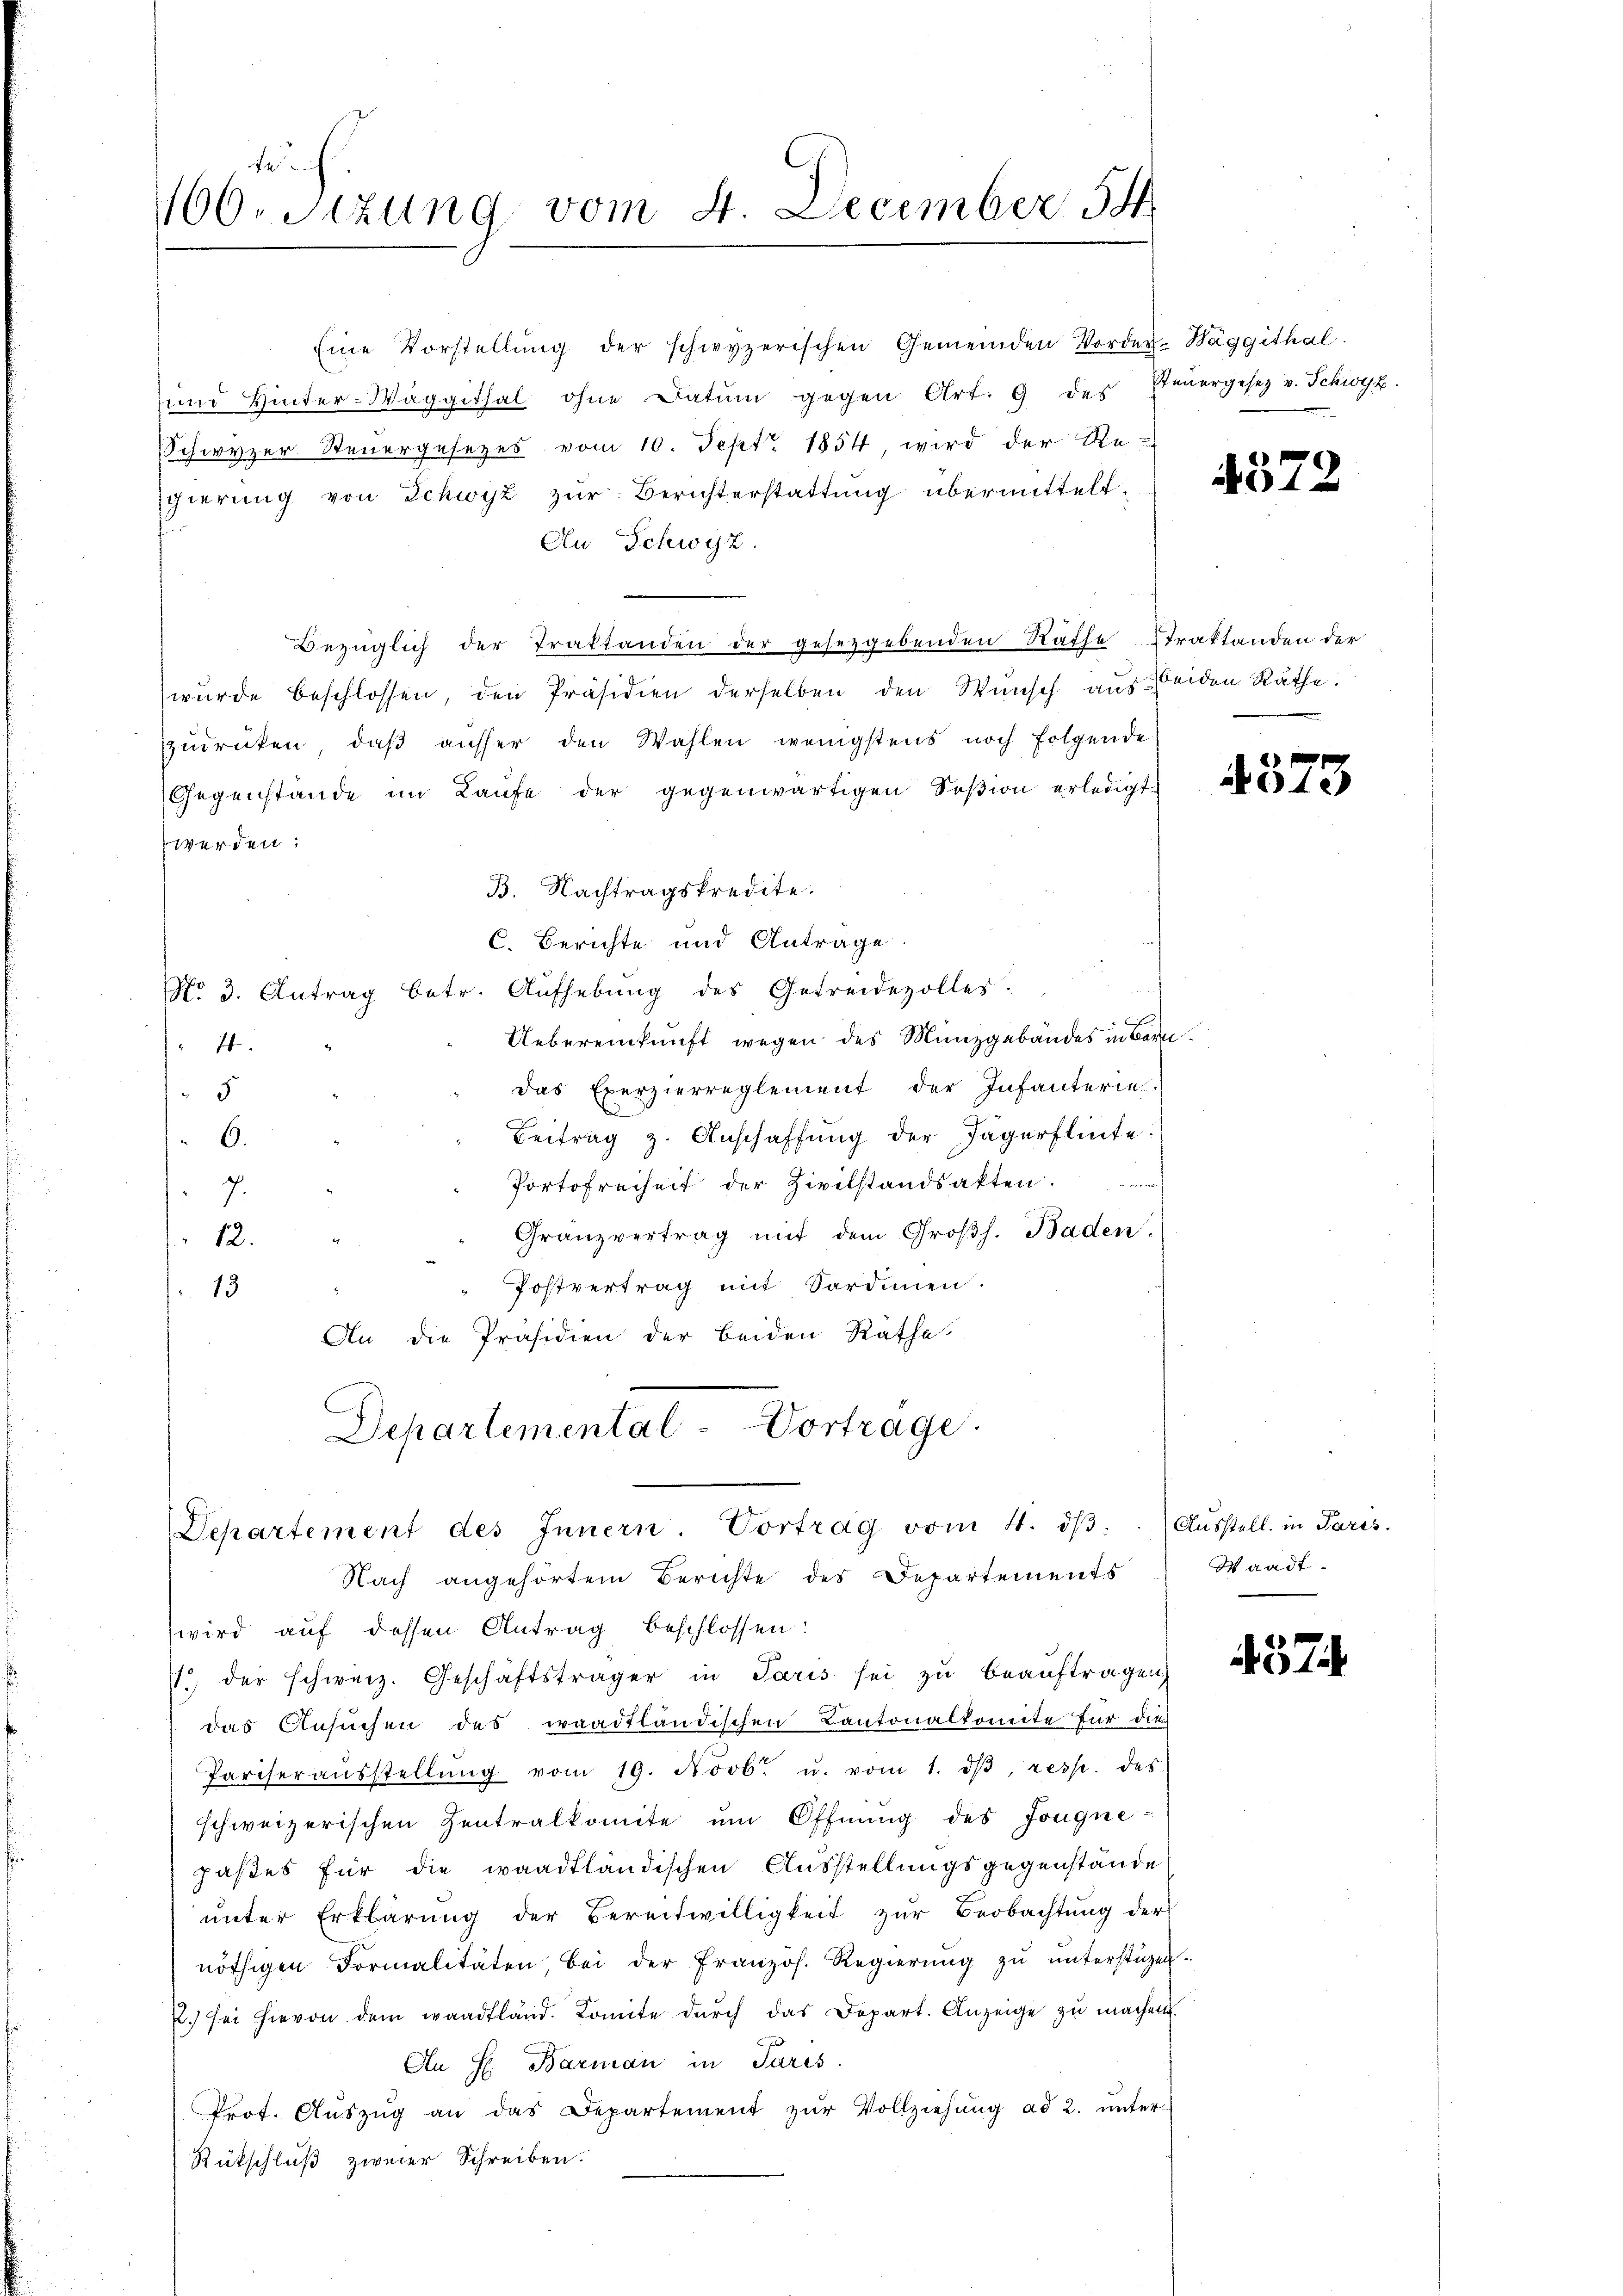
te
160. Sizung vom 4. December 54

Eine Vorstellŭng der schwyzerischen Gemeinden Vorder-Wäggithal.
ŭnd Hinter-Wäggithal ohne Datum gegen Art. 9 des Feŭergesetz v. Schwyz.
Schwyzer Steuergesezes vom 10. Sept. 1854, wird der Re-
sgierung von Schwyz zur Berichterstattung übermittelt.
An Schwyz.
Bezüglich der Traktanden der gesezgebenden Räthe Straktanden der
wurde beschlossen, den Präsidien derselben den Wunsch aus beiden Räthe.
zudrücken, daß ausser den Wahlen wenigstens noch folgende
Gegenstände im Laufe der gegenwärtigen Soßion erledigt
werden:
B. Nachtragskredite.
C. Berichte und Anträge.
No. 3. Antrag betr. Aufhebung des Getreidevolles.
C.
Uebereinkunft wegen des Münzgebäudes in Bern
74.
das Exerzierreglement der Infanterie.
5
Beitrag z. Anschaffung der Jägerflinte
6.
Portofreiheit der Zivilstandsakten.
7.
Granzvertrag mit dem Großh. Baden.
12.
Postvertrag mit Sardinen.
13
An die Präsidien der beiden Rathe
Departemental-Vortrage.

Departement des Innern. Vortrag vom 4. dβ. (Aŭsstell in Paris.
Nach angehörtem Berichte des Departements

wird auf dessen Antrag beschlossen:
7 der schweiz. Geschäftsträger in Paris sei zu beauftragen,
das Ansuchen des waadtländischen Cantonalkomite für die
Pariseraŭsstellŭng vom 19. Novb. u. vom 1. dβ, resp. des
schweizerischen Zentralkomite ŭm Öffnung des Jougne-
pastes für die waadtländischen Ausstellungsgegenstände
ŭnter Erklärŭng der Bereitwilligkeit zŭr Beobachtŭng der
nöthigen Formalitäten, bei der französ. Regierŭng zŭ ŭnterstüzen.
2. sei hievon dem waadtland. Comite dŭrch das Depart. Anzeige zŭ machen.
An H. Barman in Paris
Prot. Aŭszŭg an das Departement zŭr Vollziehŭng ad 2. ŭnter-
Rükschluß zweier Schreiben.

4572

4573

Waadt.

457